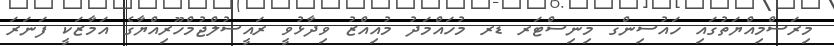
މިރަސްމިއްޔަތުގައި ހައުސިންގ މިނިސްޓަރ ޑރ މުހައްމަދު މުއިއްޒު ވިދާޅުވީ ރައީސުލްޖުމްހޫރިއްޔާގެ އަމާޒަކީ ފަނަރަ